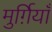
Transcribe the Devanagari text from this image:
मुर्ग़ियाँ